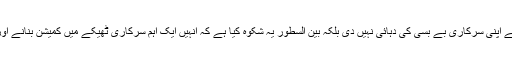
کہنے کا مطلب یہ ہے کہ ’’نہ ہوئے رافیل طیارے‘‘ کہہ کر نریندر خوجی نے اپنی سرکاری بے بسی کی دُہائی نہیں دی بلکہ بین السطور یہ شکوہ کیا ہے کہ انہیں ایک اہم سرکاری ٹھیکے میں کمیشن بنانے اور اپنی بھارتیہ جنتا پارٹی کے ہاتھ مضبوط کرنے کا موقع کیوں نہیں دیا گیا؟